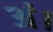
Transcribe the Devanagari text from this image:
अं।